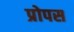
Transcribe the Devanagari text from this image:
प्रोपस